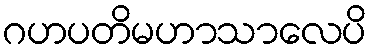
ဂဟပတိမဟာသာလေပိ